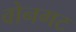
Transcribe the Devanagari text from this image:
वोनगट